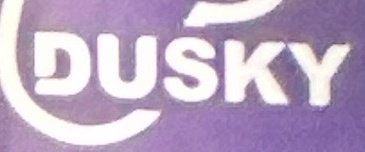
DUSKY